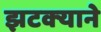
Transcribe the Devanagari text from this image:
झटक्‍याने